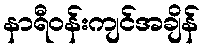
နာရီဝန်းကျင်အချိန်